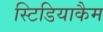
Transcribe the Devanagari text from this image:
स्टिडियाकैम